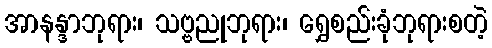
အာနန္ဒာဘုရား၊ သဗ္ဗညုဘုရား၊ ရွှေစည်းခုံဘုရားစတဲ့